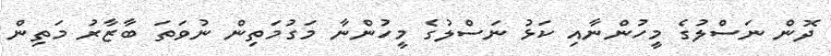
ދޮން ނަސްލުގެ މީހުންނާއި ކަޅު ނަސްލުގެ މީހުންނާ މަގުމަތިން ނުވަތަ ބާޒާރު މަތިން